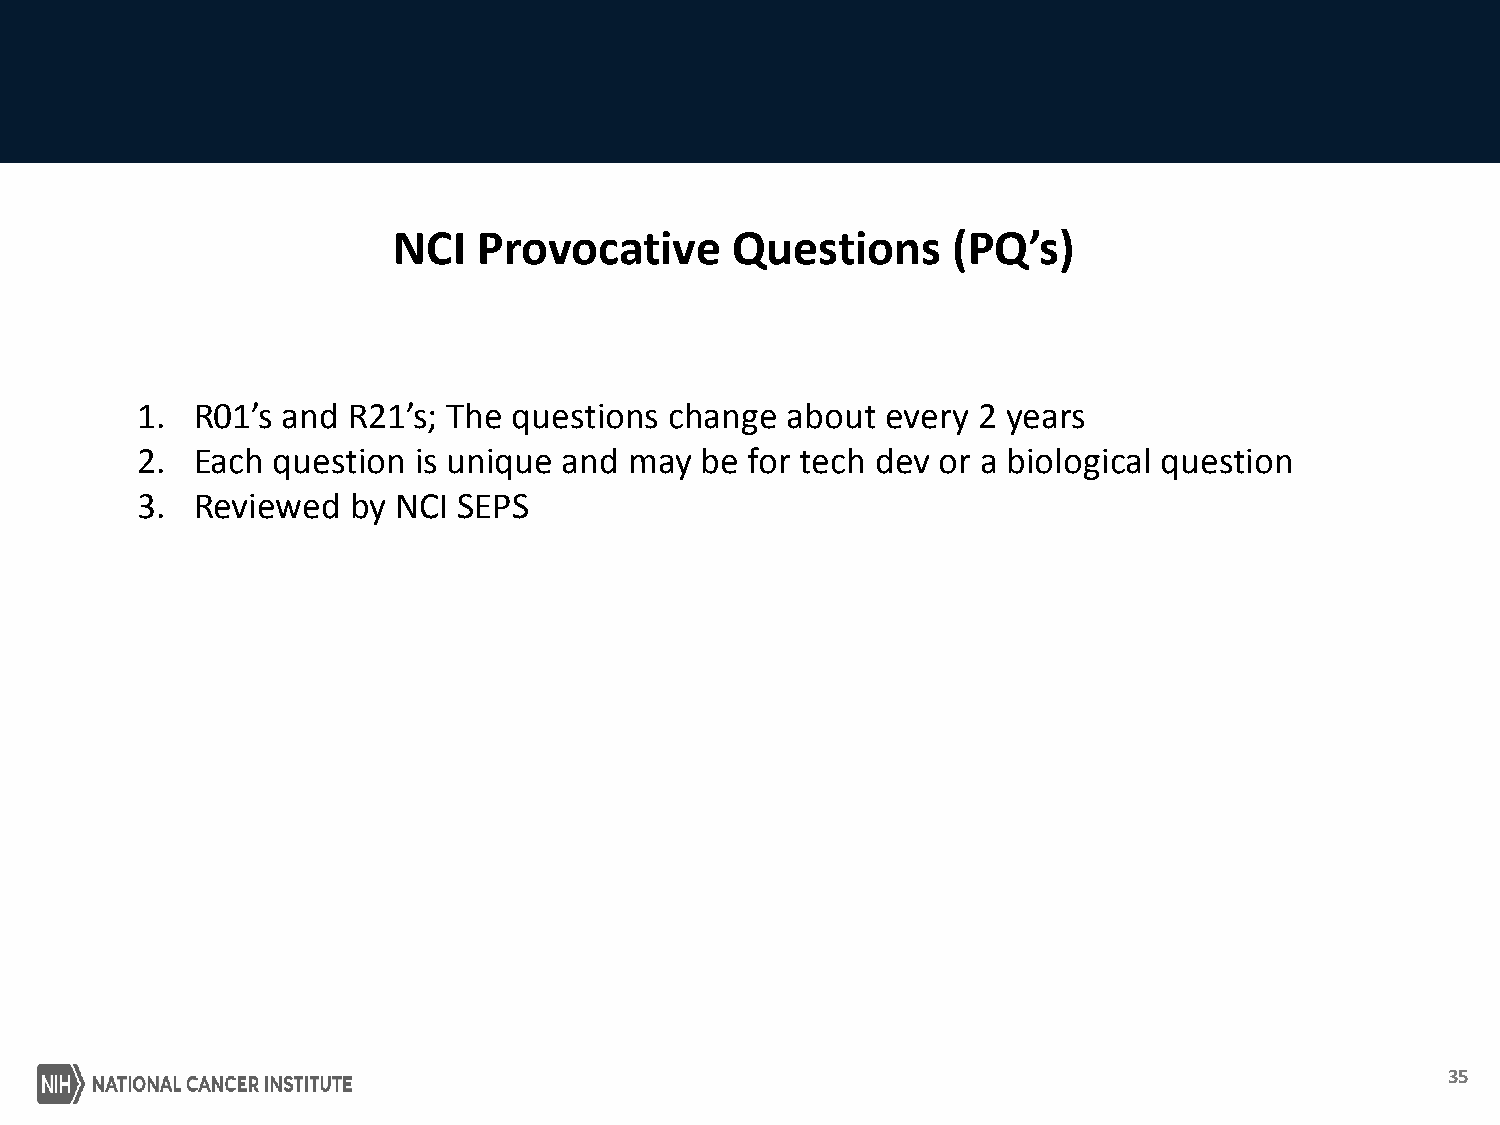
NCI   Provocative     Questions      (PQ’s)
 1.  R01’s and R21’s; The questions change  about  every 2 years
 2.  Each question is unique and  may be  for tech dev or a biological question
 3.  Reviewed  by NCI SEPS
 35